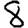
Digit: 8